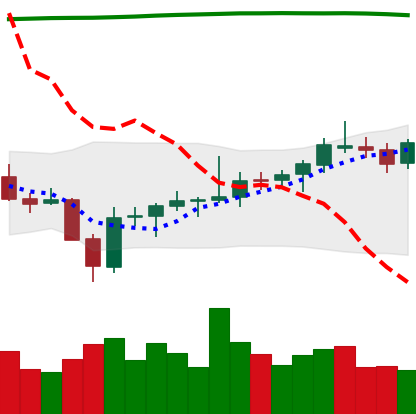
Ticker: BNB-USD
Chart end date: 2021-08-04
Forward return: 5.986%
Label: up_5_7